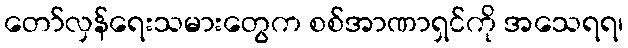
တော်လှန်ရေးသမားတွေက စစ်အာဏာရှင်ကို အသေရရ၊